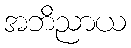
အဘိညာယ